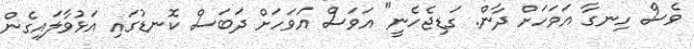
ވެސް ހިނގާ އަވަހަށް ދާން. ގަޑިޖެހެނީ" އަވަސް އަވަހަށް ދަބަސް ކޮނޑުގައި އަޅުވާލައިގެން